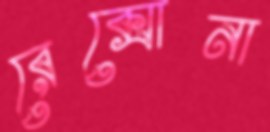
রেক্সোনা